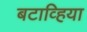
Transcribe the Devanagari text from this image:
बटाव्हिया